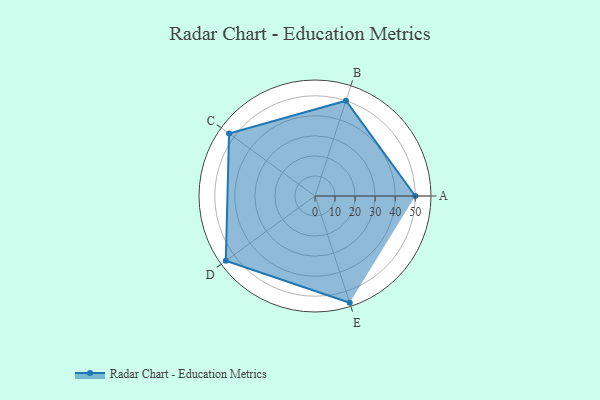
{"axis": {"x": "Skill", "y": "Score"}, "legend": ["Profile"], "data": [{"x": "A", "y": 50.0, "type": "Profile"}, {"x": "B", "y": 50.0, "type": "Profile"}, {"x": "C", "y": 53.0, "type": "Profile"}, {"x": "D", "y": 55.0, "type": "Profile"}, {"x": "E", "y": 56.0, "type": "Profile"}]}